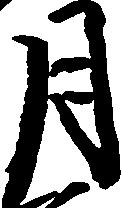
月